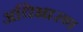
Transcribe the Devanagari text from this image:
अधिभारण